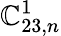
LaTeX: \mathbb{C}_{23,n}^{1}